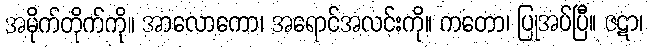
အမိုက်တိုက်ကို။ အာလောကော၊ အရောင်အလင်းကို။ ကတော၊ ပြုအပ်ပြီ။ ဇဋာ၊